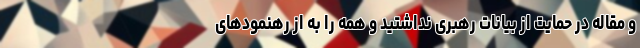
و مقاله در حمایت از بیانات رهبری نداشتید و همه را به از رهنمودهای